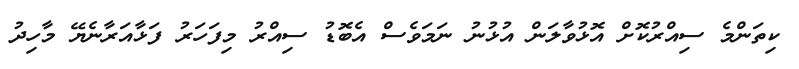
ކިތަންމެ ސިއްރުކޮށް އޮޅުވާލަން އުޅުނު ނަމަވެސް އެބޮޑު ސިއްރު މިފަހަރު ފަޅާއަރާނެޔޭ މާހިދު